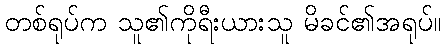
တစ်ရုပ်က သူ၏ကိုရီးယားသူ မိခင်၏အရုပ်။